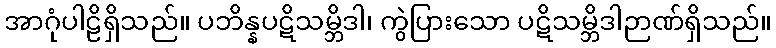
အာဂုံပါဠိရှိသည်။ ပဘိန္နပဋိသမ္ဘိဒါ၊ ကွဲပြားသော ပဋိသမ္ဘိဒါဉာဏ်ရှိသည်။